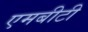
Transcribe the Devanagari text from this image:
एमबीटी